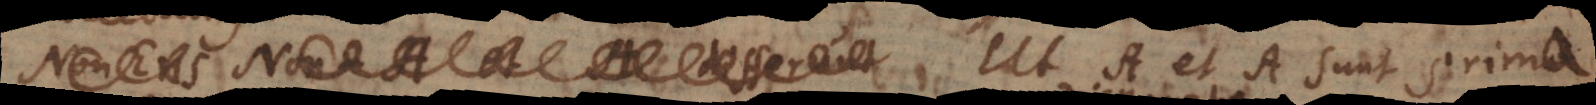
differunt Ut A et A sunt prima